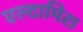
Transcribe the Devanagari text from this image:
एल्टामिरा